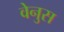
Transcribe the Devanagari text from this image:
वेनुस